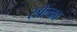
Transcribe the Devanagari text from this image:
सोल्का